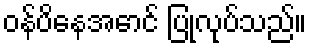
ဝန်ပိနေအောင် ပြုလုပ်သည်။